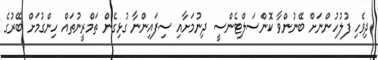
ދިވެހި ފުލުހުންނަށް ބޭނުންވާ ކޮންސަލްޓެންސީ ދިނުމަށާއި ސިފައިންނާ ގުޅިގެން ތަމްރީނުތައް ހިންގުމަށް ބޭރުގެ